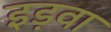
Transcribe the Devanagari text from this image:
इड़वा